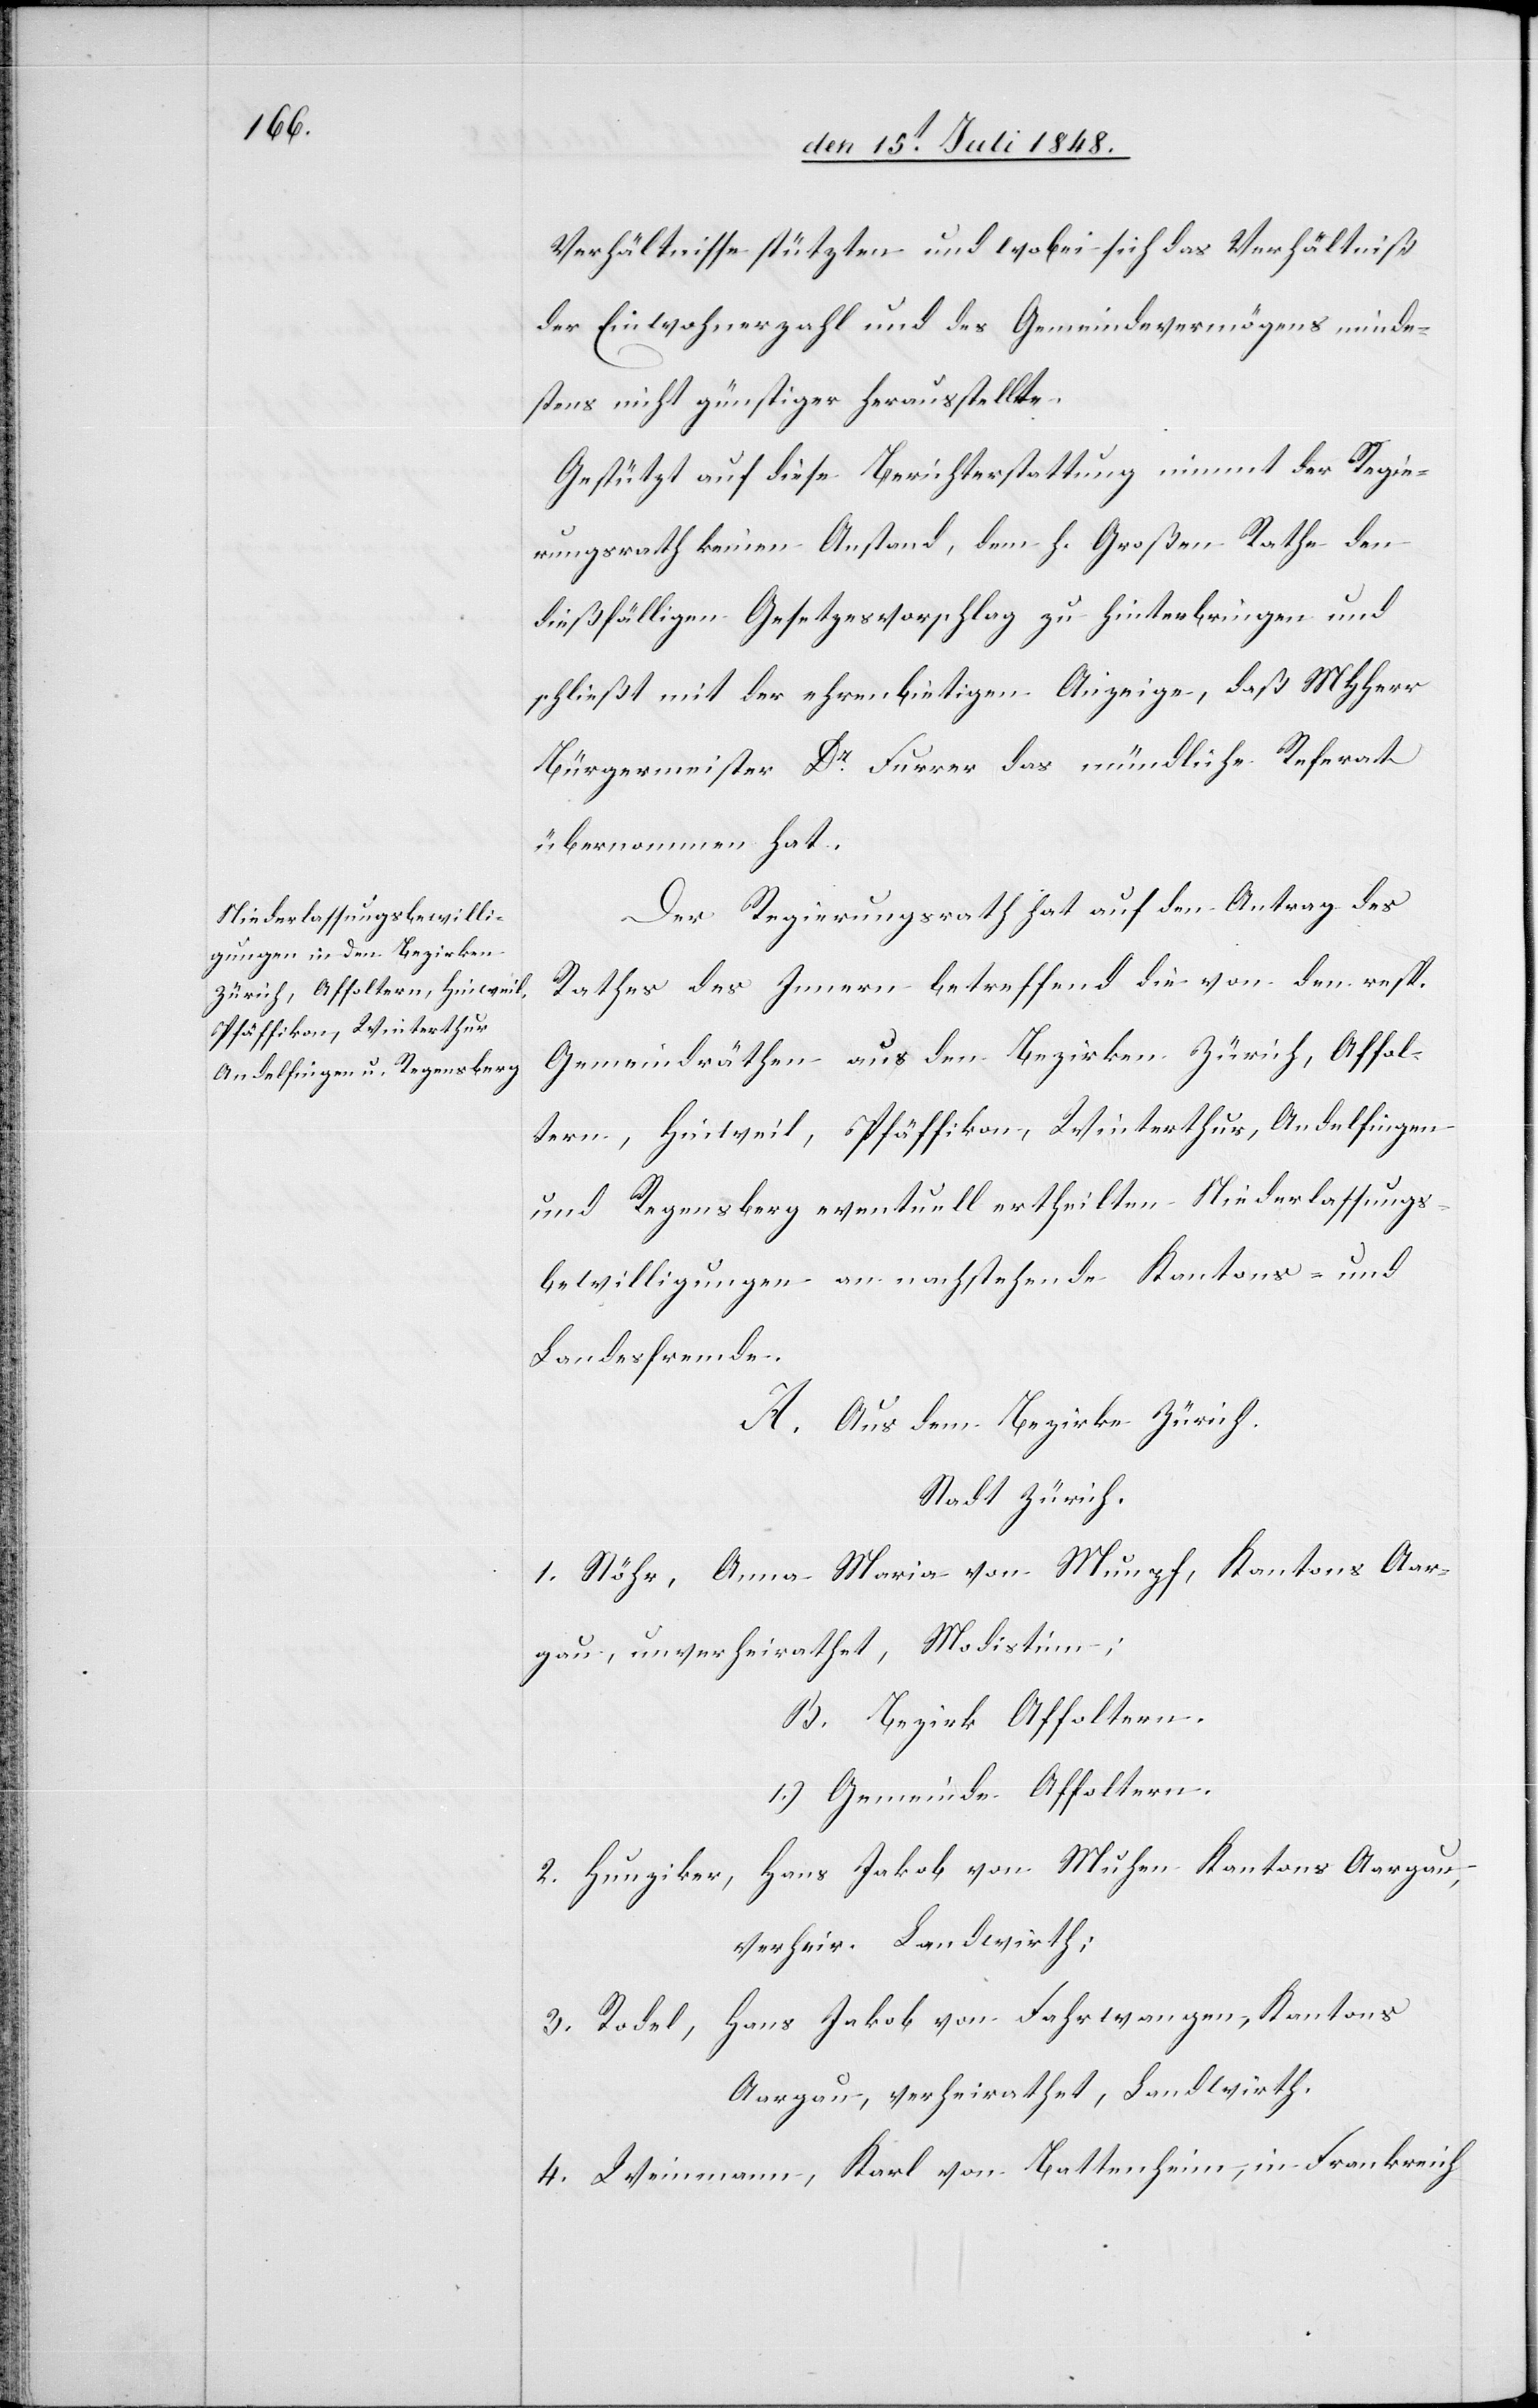
Verhältnisse stützten und wobei sich das Verhältniß
der Einwohnerzahl und des Gemeindevermögens minde¬
stens nicht günstiger herausstellte.
Gestützt auf diese Berichterstattung nimmt der Regie¬
rungsrath keinen Anstand, dem H. Großen Rathe den
dießfälligen Gesetzesvorschlag zu hinterbringen und
schließt mit der ehrenbietigen [sic!] Anzeige, daß MHHerr
Bürgermeister Dr Furrer das mündliche Referat
übernommen hat.
Der Regierungsrath hat auf den Antrag des
Rathes des Innern betreffend die von den resp.
Gemeindräthen aus den Bezirken Zürich, Affol¬
tern, Hinweil, Pfäffikon, Winterthur, Andelfingen
und Regensberg eventuell ertheilten Niederlassungs¬
bewilligungen an nachstehende Kantons- und
Landesfremde.
A. Aus dem Bezirke Zürich.
Stadt Zürich.
1. Stöhr, Anna Maria von Munpf [recte:
Aargau, unverheirathet, Modistinn;
B. Bezirk Affoltern.
1.) Gemeinde Affoltern.
2. Hunziker, Hans Jakob von Muhen Kantons Aargau,
verheir. Landwirth;
3. Rodel, Hans Jakob von Fahrwangen, Kantons
Aargau, verheirathet, Landwirth.
4. Weinemann, Karl von Battenheim, in Frankreich